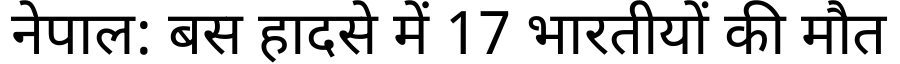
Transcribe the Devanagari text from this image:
नेपाल: बस हादसे में 17 भारतीयों की मौत